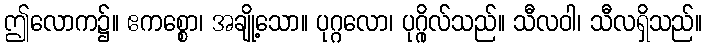
ဤလောက၌။ ဧကစ္စော၊ အချို့သော။ ပုဂ္ဂလော၊ ပုဂ္ဂိုလ်သည်။ သီလဝါ၊ သီလရှိသည်။